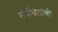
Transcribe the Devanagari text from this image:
संबंधितांची